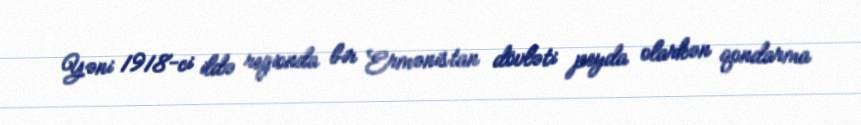
Yəni 1918-ci ildə regionda bir Ermənistan dövləti peyda olarkən qondarma